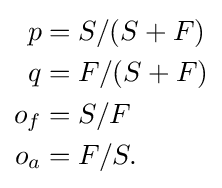
{\begin{aligned}p&=S/(S+F)\\q&=F/(S+F)\\o_{f}&=S/F\\o_{a}&=F/S.\end{aligned}}